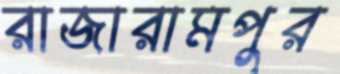
রাজারামপুর